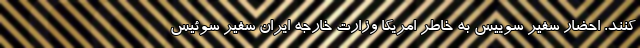
کنند. احضار سفیر سوییس به خاطر امریکا وزارت خارجه ایران سفیر سوئیس